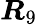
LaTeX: \boldsymbol{R}_{9}